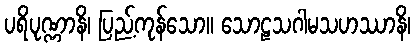
ပရိပုဏ္ဏာနိ၊ ပြည့်ကုန်သော။ သောဠသဂါမသဟဿာနိ၊